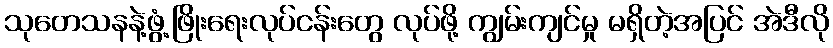
သုတေသနနဲ့ဖွံ့ဖြိုးရေးလုပ်ငန်းတွေ လုပ်ဖို့ ကျွမ်းကျင်မှု မရှိတဲ့အပြင် အဲဒီလို